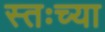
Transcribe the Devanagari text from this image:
स्तःच्या